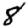
Digit: 8